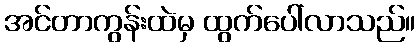
အင်တာကွန်းထဲမှ ထွက်ပေါ်လာသည်။